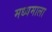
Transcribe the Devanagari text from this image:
मध्यमाला